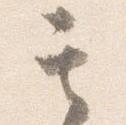
其